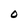
Character: O